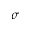
\sigma